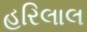
હરિલાલ